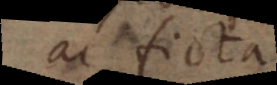
ac ficta